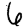
Digit: 6